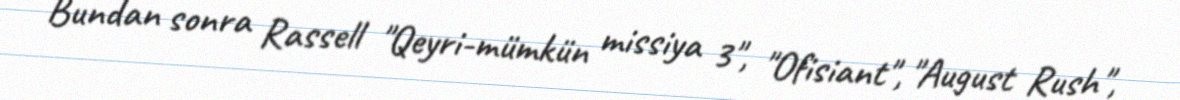
Bundan sonra Rassell "Qeyri-mümkün missiya 3", "Ofisiant", "August Rush",